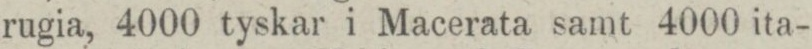
rugia, 4000 tyskar i Macerata samt 4000 ita-